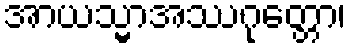
အာယသ္မာအဿဂုတ္တော၊